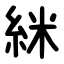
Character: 䋛